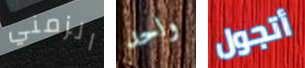
الزمني واحد أتجول